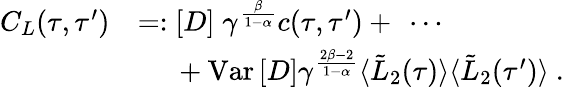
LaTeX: \begin{array}{rl}{C_{L}(\tau,\tau^{\prime})}&{=:\left[D\right]\; \gamma^{\frac{\beta}{1-\alpha}}c(\tau,\tau^{\prime})+\ \cdots}\\ &{\quad\ +\mathrm{Var}\left[D\right]\gamma^{\frac{2\beta-2}{1-\alpha}}\langle\tilde{L}_{2}(\tau)\rangle\langle\tilde{L}_{2}(\tau^{\prime})\rangle\ .}\end{array}